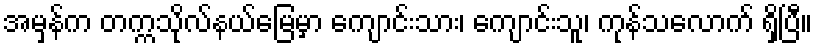
အမှန်က တက္ကသိုလ်နယ်မြေမှာ ကျောင်းသား၊ ကျောင်းသူ၊ ကုန်သလောက် ရှိပြီ။